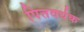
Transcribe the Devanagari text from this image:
पित्तवर्धक